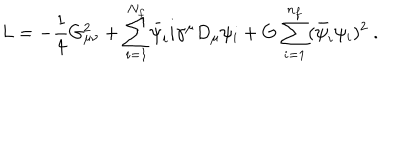
L = - { \frac { 1 } { 4 } } G _ { \mu \nu } ^ { 2 } + { \sum _ { i = 1 } ^ { N _ { f } } } \bar { \psi } _ { i } i \gamma ^ { \mu } D _ { \mu } \psi _ { i } + G ~ { \sum _ { i = 1 } ^ { n _ { f } } } ( \bar { \psi } _ { i } \psi _ { i } ) ^ { 2 } ~ .